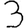
Digit: 3